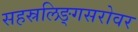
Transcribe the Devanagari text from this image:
सहस्रलिङ्गसरोवर